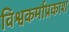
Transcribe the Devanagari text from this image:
विश्वकर्माप्रकाश